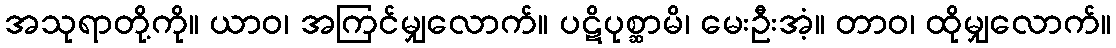
အသုရာတို့ကို။ ယာဝ၊ အကြင်မျှလောက်။ ပဋိပုစ္ဆာမိ၊ မေးဦးအံ့။ တာဝ၊ ထိုမျှလောက်။